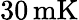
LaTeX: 30\, \mathrm{mK}